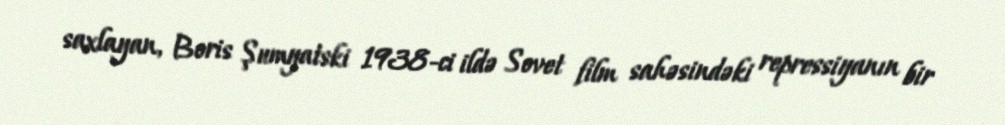
saxlayan, Boris Şumyatski 1938-ci ildə Sovet film sahəsindəki repressiyanın bir